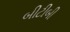
બીટીબી